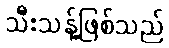
သီးသန့်ဖြစ်သည်